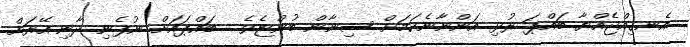
އެނގިއްޖެއްޔާ ބައްޕަ ރުޅި އަންނާނެކަމަށް ސިނާން ބުންޏެވެ.  ބައްޕައަށް ނުފެނި ދާނި..އޭރަށް